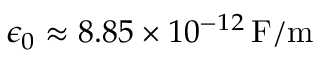
\epsilon _ { 0 } \approx 8 . 8 5 \times 1 0 ^ { - 1 2 } \, \mathrm { F / m }